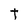
Character: T